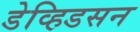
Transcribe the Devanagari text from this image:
डेव्हिडसन